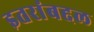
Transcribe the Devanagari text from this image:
इतरांबद्दल